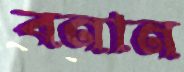
বনান